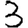
Digit: 3